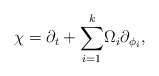
\begin{align*}\chi =\partial _t+{{{\sum_{i=1}^k}}}\Omega _i\partial _{\phi _i},\end{align*}